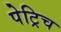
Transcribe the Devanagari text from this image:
पेट्रिच